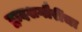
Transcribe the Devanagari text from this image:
द्वादशगौरींचा